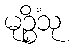
မုဉ္စိံသု